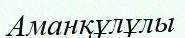
Аманқұлұлы